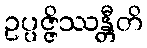
ဥပ္ပဇ္ဇိဿန္တီတိ